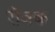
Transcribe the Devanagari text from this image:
रॉबक